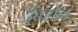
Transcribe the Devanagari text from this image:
उंदसेन